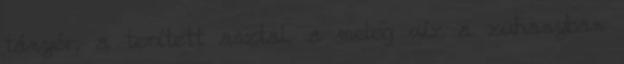
tányér, a terített asztal, a meleg víz a zuhanyban